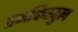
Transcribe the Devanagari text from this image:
तजकिरतुल